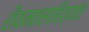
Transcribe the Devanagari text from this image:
शैवमतसाहित्यांत